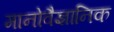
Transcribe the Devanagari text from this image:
मानोवैज्ञानिक